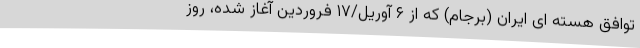
توافق هسته ای ایران (برجام) که از ۶ آوریل/۱۷ فروردین آغاز شده، روز